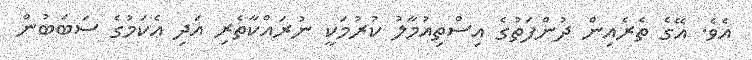
އެވެ. އޭގެ ތެރެއިން ދުންފަތުގެ އިސްތިއުމާލު ކުރުމަކީ ނުރައްކާތެރި އަދި އެކަމުގެ ސަބަބުން